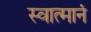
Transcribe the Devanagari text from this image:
स्वात्मानं